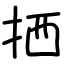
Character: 拪